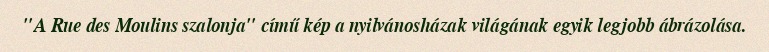
"A Rue des Moulins szalonja" című kép a nyilvánosházak világának egyik legjobb ábrázolása.